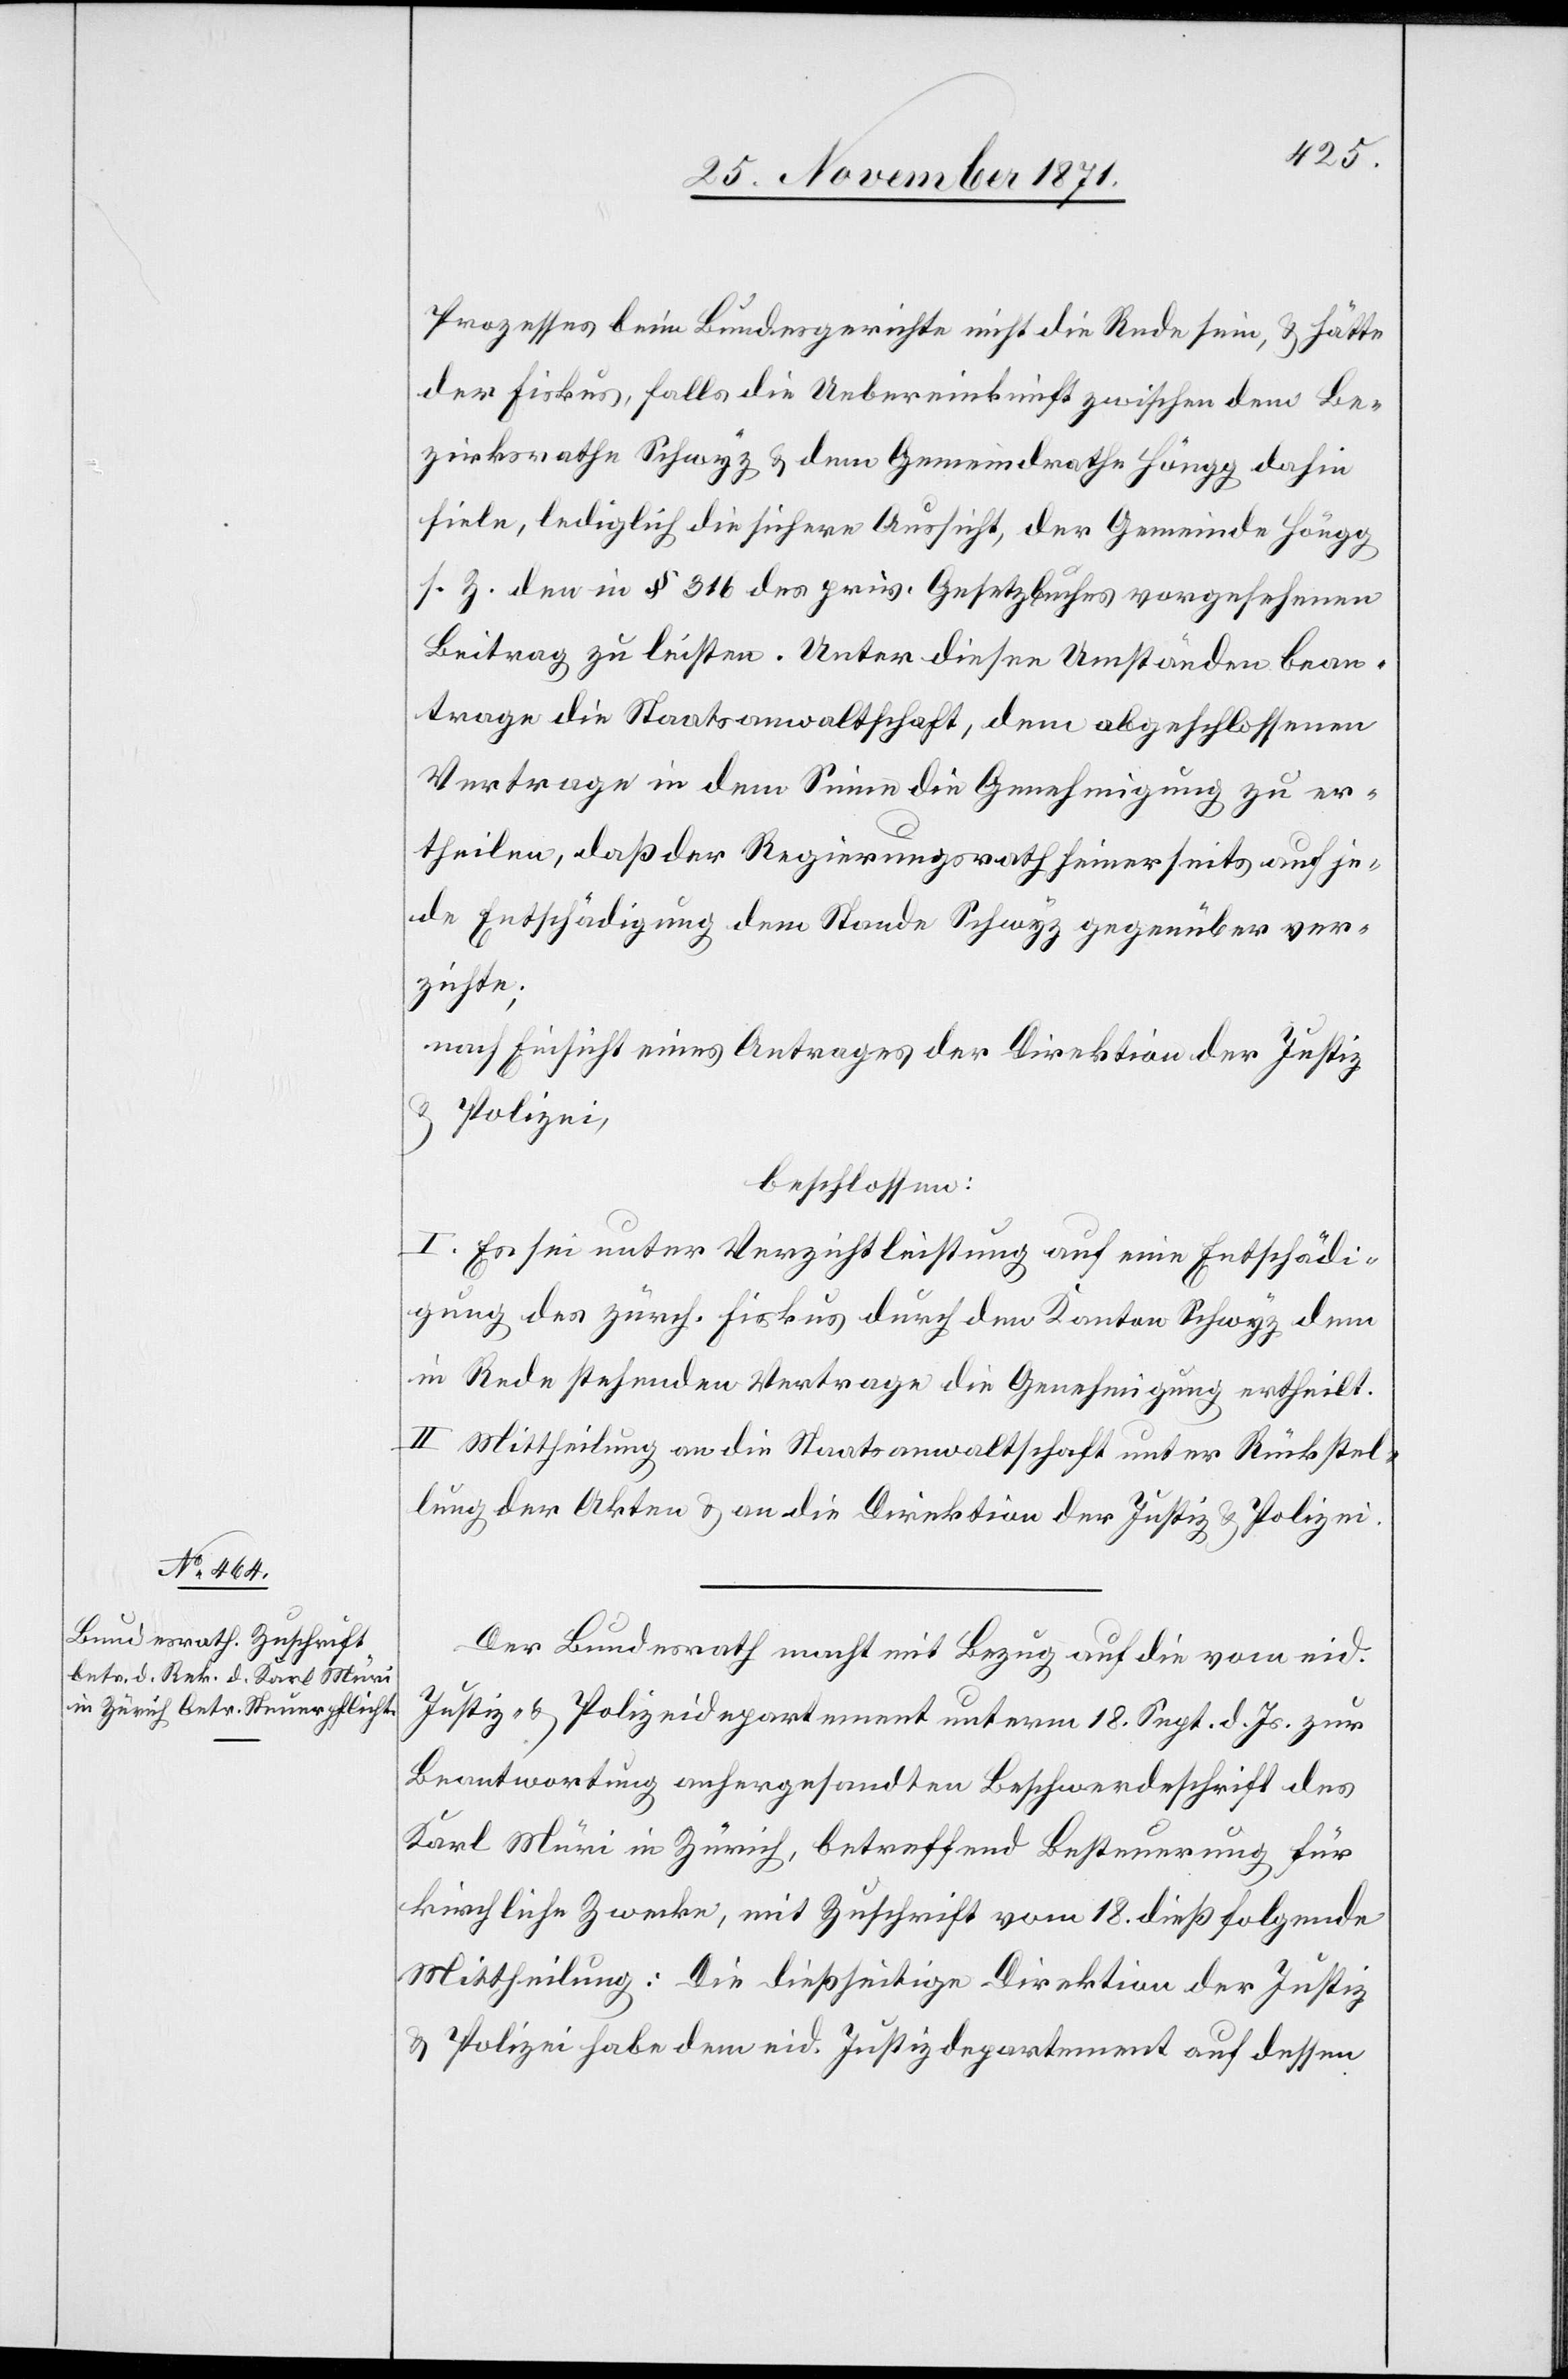
Prozesses beim Bundesgerichte nicht die Rede sein, & hätte
der Fiskus, falls die Uebereinkunft zwischen dem Be¬
zirksrathe Schwyz & dem Gemeindrathe Höngg dahin
fiele, lediglich die sichere Aussicht, der Gemeinde Höngg
s. Z. den in § 316 des priv. Gesetzbuches vorgesehenen
Beitrag zu leisten. Unter diesen Umständen bean¬
trage die Staatsanwaltschaft, dem abgeschlossenen
Vertrage in dem Sinne die Genehmigung zu er¬
theilen, daß der Regierungsrath seinerseits auf je¬
de Entschädigung dem Stande Schwyz gegenüber ver¬
zichte;
nach Einsicht eines Antrages der Direktion der Justiz
&
Polizei,
beschlossen:
I. Es sei unter Verzichtleistung auf eine Entschädi¬
gung des zürch. Fiskus durch den Kanton Schwyz dem
in Rede stehenden Vertrage die Genehmigung ertheilt.
II. Mittheilung an die Staatsanwaltschaft unter Rückstel¬
lung der Akten & an die Direktion der Justiz & Polizei.
Der Bundesrath macht mit Bezug auf die vom eid.
Justiz- & Polizeidepartement unterm 18. Sept. d. Js. zur
Beantwortung anhergesandte Beschwerdeschrift des
Karl Müri in Zürich, betreffend Besteuerung für
kirchliche Zwecke, mit Zuschrift vom 18. dieß folgende
Mittheilung: Die dießseitige Direktion der Justiz
& Polizei habe dem eid. Justizdepartement auf dessen